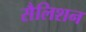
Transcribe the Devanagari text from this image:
सैलिशन